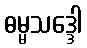
ဓမ္မသဒ္ဒေါ